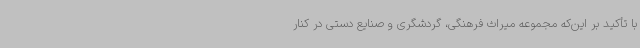
با تأکید بر این‌که مجموعه میراث فرهنگی، گردشگری و صنایع دستی در کنار